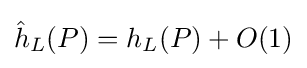
{\hat {h}}_{L}(P)=h_{L}(P)+O(1)